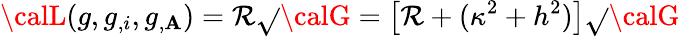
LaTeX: {\calL}(g,g_{,i},g_{,\mathbf{A}})={\cal\mathcal{R}}\sqrt{}{{{\calG}}}=\left[\mathcal{R}+(\kappa^{2}+h^{2})\right]\sqrt{}{{{\calG}}}